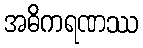
အဓိကရဏဿ